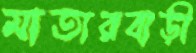
মাতারবাড়ী